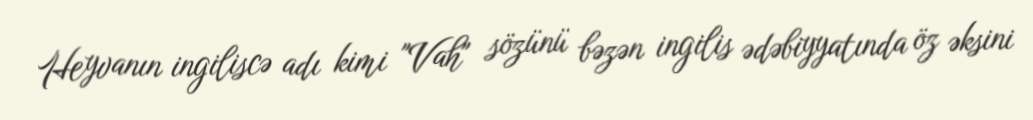
Heyvanın ingiliscə adı kimi "Vah" sözünü bəzən ingilis ədəbiyyatında öz əksini